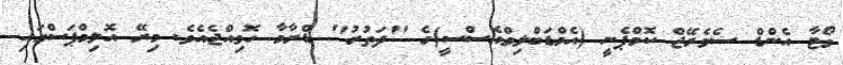
ވޯޓާ އެންޑް ސެވެރޭޖް ކޮމްޕެނީ (އެމްޑަބްލިވްއެސްސީ)ގެ "ދަތުރު" ޑްރާމާ ހޮވިއްޖެއެވެ. މިރޭ އޮލިމްޕަސްގައި